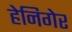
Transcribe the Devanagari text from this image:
हेनिगेर